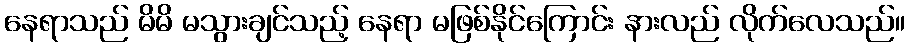
နေရာသည် မိမိ မသွားချင်သည့် နေရာ မဖြစ်နိုင်ကြောင်း နားလည် လိုက်လေသည်။